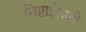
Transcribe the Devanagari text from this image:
शिष्टाईसाठी